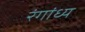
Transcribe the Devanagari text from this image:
रंगांध्य